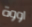
اووة